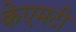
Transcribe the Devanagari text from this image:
केएमटी